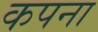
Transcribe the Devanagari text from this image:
कपना